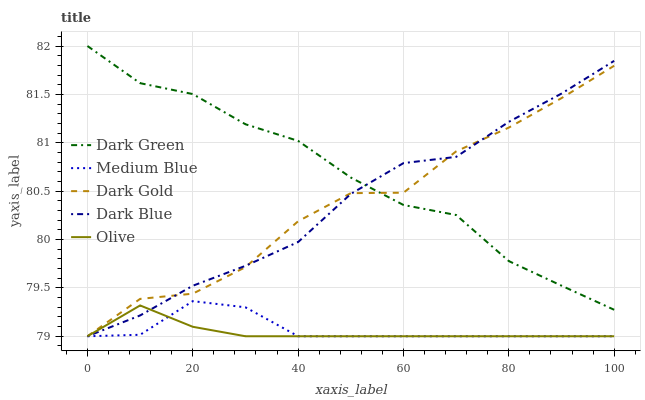
| xaxis_label | Dark Green | Medium Blue | Dark Gold | Dark Blue | Olive |
 | --- | --- | --- | --- | --- | --- |
 | 0 | 82 | 79 | 79 | 79 | 79 |
 | 10 | 81.6 | 79 | 79.4 | 79.2 | 79.3 |
 | 20 | 81.5 | 79.4 | 79.4 | 79.5 | 79.1 |
 | 30 | 81.2 | 79.3 | 79.7 | 79.7 | 79 |
 | 40 | 81 | 79 | 80.2 | 80 | 79 |
 | 50 | 80.6 | 79 | 80.5 | 80.5 | 79 |
 | 60 | 80.4 | 79 | 80.5 | 80.8 | 79 |
 | 70 | 80.3 | 79 | 80.9 | 80.9 | 79 |
 | 80 | 79.8 | 79 | 81.2 | 81.2 | 79 |
 | 90 | 79.5 | 79 | 81.5 | 81.5 | 79 |
 | 100 | 79.3 | 79 | 81.8 | 81.8 | 79 |